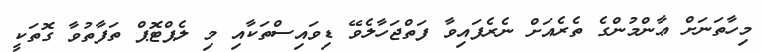
މިހާތަނަށް ޢާންމުންގެ ތެރެއަށް ނެރެފައިވާ ފަތްޖަހާލެވޭ ޑިވައިސްތަކާއި މި ލެޕްޓޮޕް ތަފާތުވާ ގޮތަކީ